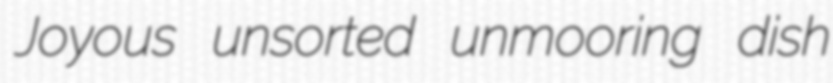
Joyous unsorted unmooring dish